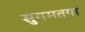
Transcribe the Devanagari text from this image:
सुगमतया